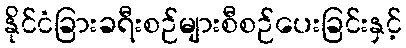
နိုင်ငံခြားခရီးစဉ်များစီစဉ်ပေးခြင်းနှင့်